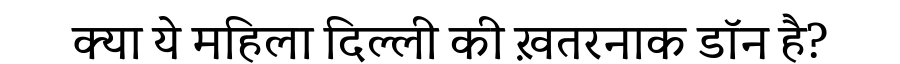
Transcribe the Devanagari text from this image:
क्या ये महिला दिल्ली की ख़तरनाक डॉन है?